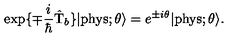
\exp \{ \mp \frac { i } { \hbar } \hat { \mathrm { T } } _ { b } \} | \mathrm { p h y s } ; \theta \rangle = e ^ { \pm i \theta } | \mathrm { p h y s } ; \theta \rangle .